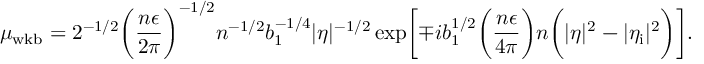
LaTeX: \mu _ { \mathrm { w k b } } = 2 ^ { - 1 / 2 } \biggl ( \frac { n \epsilon } { 2 \pi } \biggr ) ^ { - 1 / 2 } n ^ { - 1 / 2 } b _ { 1 } ^ { - 1 / 4 } \vert \eta \vert ^ { - 1 / 2 } \exp \biggl [ \mp i b _ { 1 } ^ { 1 / 2 } \biggl ( \frac { n \epsilon } { 4 \pi } \biggr ) n \biggl ( \vert \eta \vert ^ { 2 } - \vert \eta _ { \mathrm { i } } \vert ^ { 2 } \biggr ) \biggr ] .